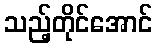
သည့်တိုင်အောင်